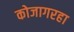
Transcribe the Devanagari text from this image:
कोजागरहा